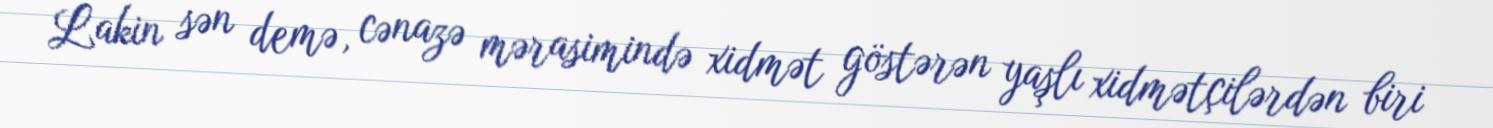
Lakin sən demə, cənazə mərasimində xidmət göstərən yaşlı xidmətçilərdən biri